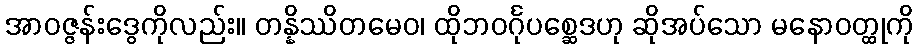
အာဝဇ္ဇန်းဒွေကိုလည်း။ တန္နိဿိတမေဝ၊ ထိုဘဝင်္ဂုပစ္ဆေဒဟု ဆိုအပ်သော မနောဝတ္ထုကို